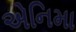
એનિમા